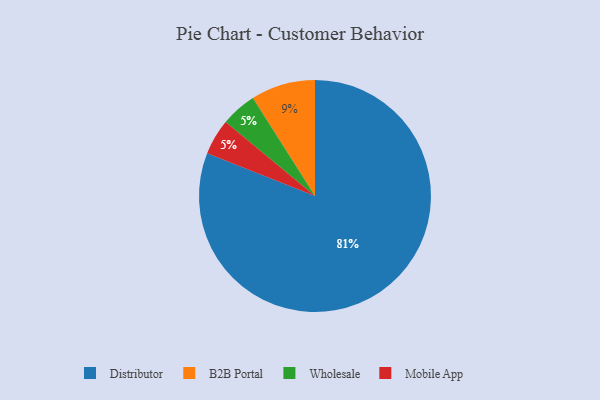
{"axis": {"x": "Category", "y": "Percentage"}, "legend": ["B2B Portal", "Distributor", "Mobile App", "Wholesale"], "data": [{"x": "Wholesale", "y": 5, "type": "Wholesale"}, {"x": "Mobile App", "y": 5, "type": "Mobile App"}, {"x": "B2B Portal", "y": 9, "type": "B2B Portal"}, {"x": "Distributor", "y": 81, "type": "Distributor"}]}